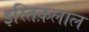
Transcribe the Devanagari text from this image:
इस्तिक़लाल